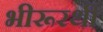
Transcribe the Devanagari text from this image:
भीरूरथी